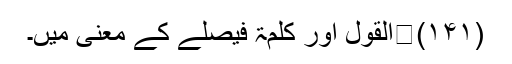
(۱۴۱)	القول اور کلمۃ فیصلے کے معنی میں۔